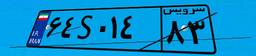
۵۳S۴۴۹۷۱